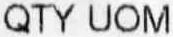
QTY UOM